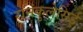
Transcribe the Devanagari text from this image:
रानंकुलेसिई